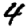
Digit: 4